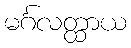
မင်္ဂလတ္ထာယ